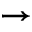
\rightarrow